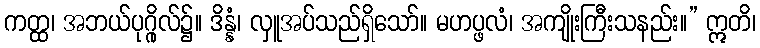
ကတ္ထ၊ အဘယ်ပုဂ္ဂိုလ်၌။ ဒိန္နံ၊ လှူအပ်သည်ရှိသော်။ မဟပ္ဖလံ၊ အကျိုးကြီးသနည်း။” ဣတိ၊